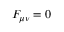
F _ { \mu \nu } = 0